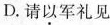
D.请以军礼见